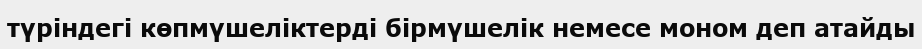
түріндегі көпмүшеліктерді бірмүшелік немесе моном деп атайды